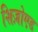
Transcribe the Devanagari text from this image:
शिज़ोएड